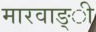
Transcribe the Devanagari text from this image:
मारवाङ्ी